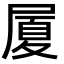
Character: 𭕥